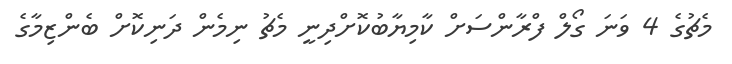
މެޗުގެ 4 ވަނަ ގޯލް ފްރާންސަށް ކާމިޔާބުކޮށްދިނީ މެޗު ނިމެން ދަނިކޮށް ބެންޒިމާގެ